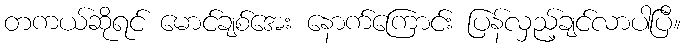
တကယ်ဆိုရင် မောင်ချစ်အေး နောက်ကြောင်း ပြန်လှည့်ချင်လာပါပြီ။